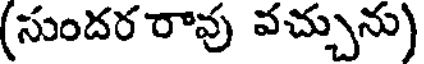
(సుందర రావు వచ్చును)